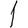
Digit: 1